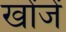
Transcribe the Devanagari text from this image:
खोंजें